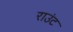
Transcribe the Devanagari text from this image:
राउंट